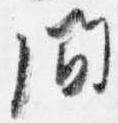
間